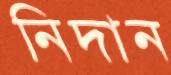
নিদান